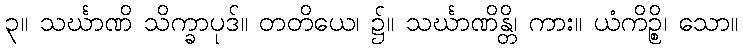
၃။ သင်္ဃာဏိ သိက္ခာပုဒ်။ တတိယေ၊ ၌။ သင်္ဃာဏိန္တိ၊ ကား။ ယံကိဉ္စိ၊ သော။